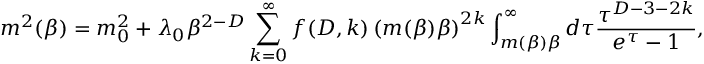
\ m ^ { 2 } ( \beta ) = m _ { 0 } ^ { 2 } + \lambda _ { 0 } \beta ^ { 2 - D } \sum _ { k = 0 } ^ { \infty } f ( D , k ) \left( m ( \beta ) \beta \right) ^ { 2 k } \int _ { m ( \beta ) \beta } ^ { \infty } d \tau \frac { \tau ^ { D - 3 - 2 k } } { e ^ { \tau } - 1 } ,